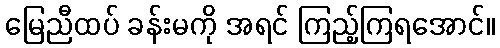
မြေညီထပ် ခန်းမကို အရင် ကြည့်ကြရအောင်။